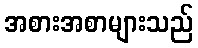
အစားအစာများသည်